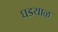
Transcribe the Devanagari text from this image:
घडयाळ